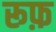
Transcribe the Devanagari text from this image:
रूफ़